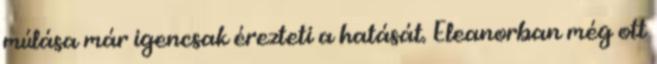
múlása már igencsak érezteti a hatását. Eleanorban még ott